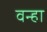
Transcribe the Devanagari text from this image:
वन्हा